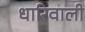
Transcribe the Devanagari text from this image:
धारिवाली